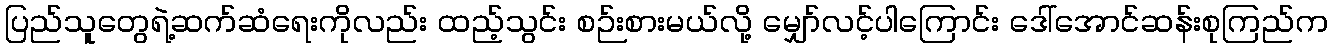
ပြည်သူတွေရဲ့ဆက်ဆံရေးကိုလည်း ထည့်သွင်း စဉ်းစားမယ်လို့ မျှော်လင့်ပါကြောင်း ဒေါ်အောင်ဆန်းစုကြည်က